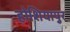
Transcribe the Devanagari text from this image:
होशियापुर